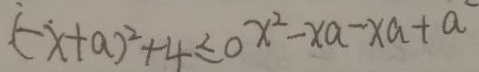
( - x + a ) ^ { 2 } + 4 \leq o x ^ { 2 } - x a - x a + a